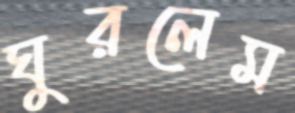
ঘুরলেম